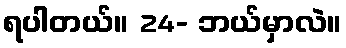
ရပါတယ်။ 24- ဘယ်မှာလဲ။